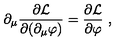
\partial _ { \mu } \frac { \partial { \mathcal { L } } } { \partial ( \partial _ { \mu } \varphi ) } = \frac { \partial { \mathcal { L } } } { \partial \varphi } \ ,